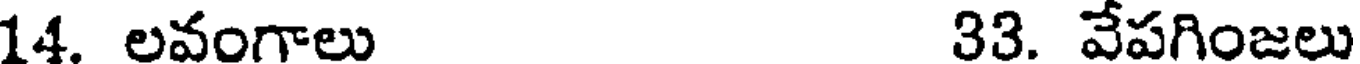
14. లవంగాలు 33. వేపగింజలు